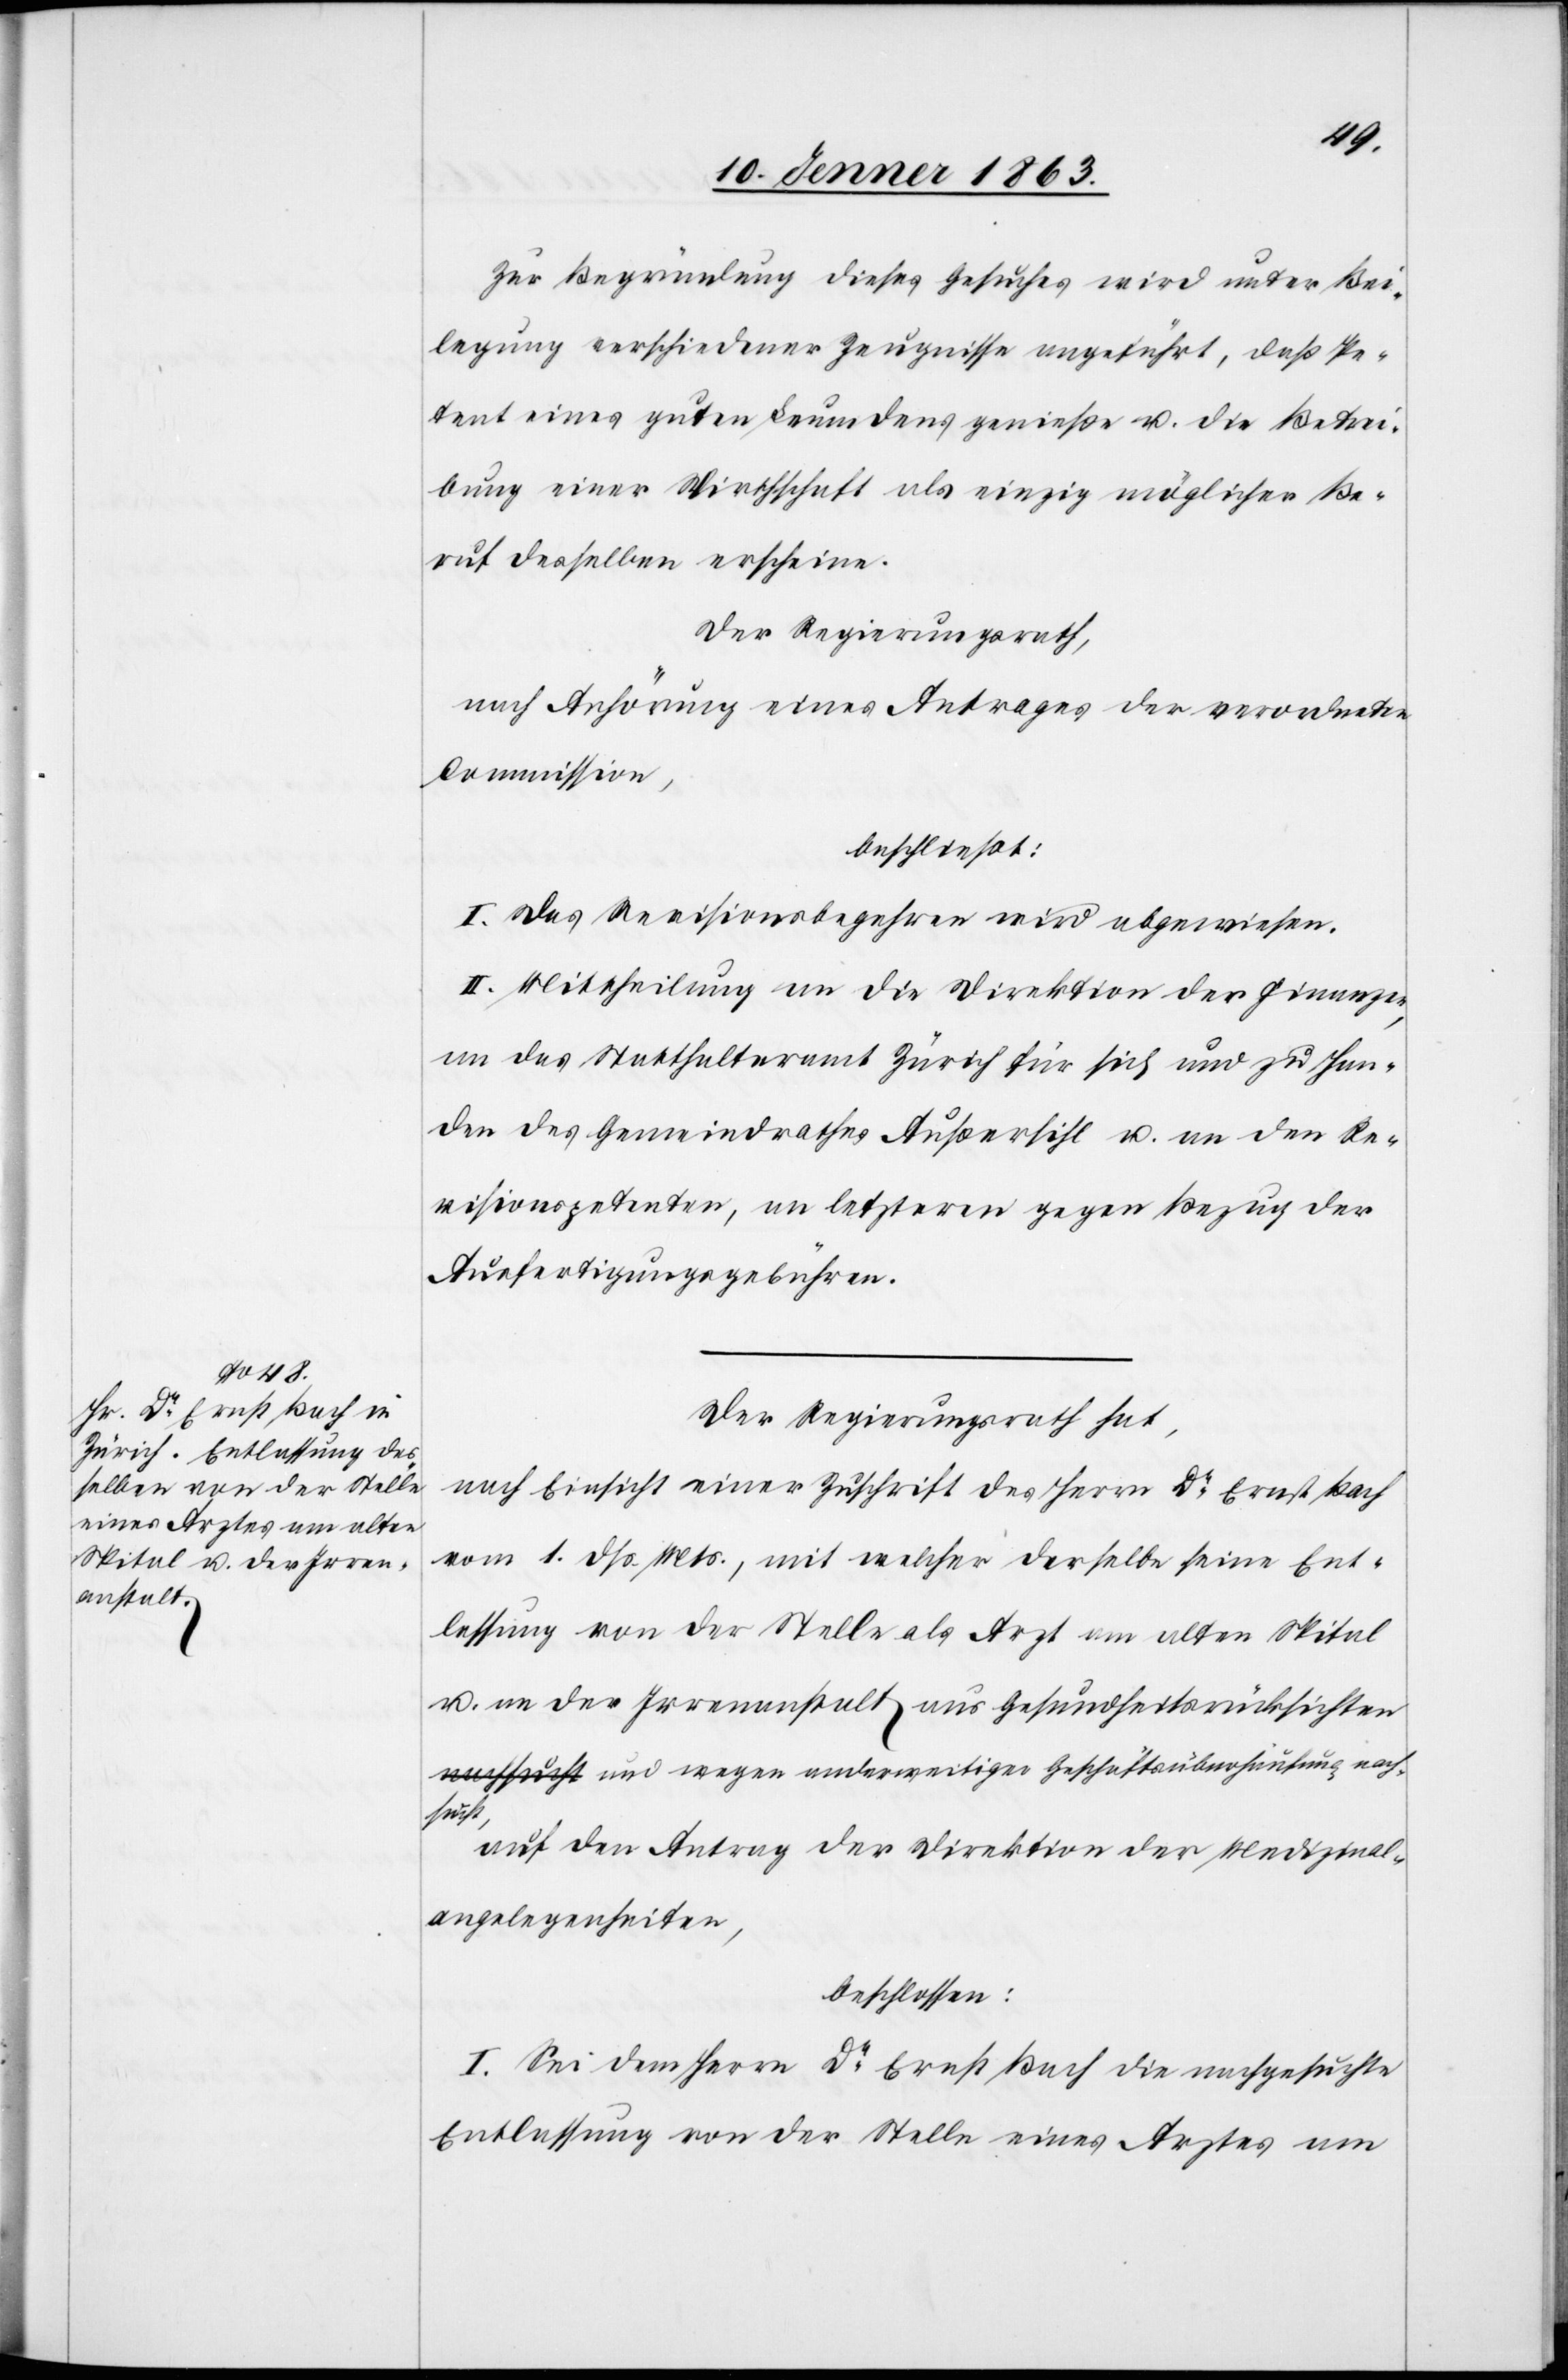
Zur Begründung dieses Gesuches wird unter Bei¬
legung verschiedener Zeugnisse angeführt, daß Pe¬
tent eines guten Leumdens genieße u. die Betrei¬
bung einer Wirthschaft als einzig möglicher Be¬
ruf desselben erscheine.
Der Regierungsrath,
nach Anhörung eines Antrages der verordneten
Commission,
beschließt:
I. Das Revisionsbegehren wird abgewiesen.
II. Mittheilung an die Direktion der Finanzen,
an das Statthalteramt Zürich für sich und zu Han¬
den des Gemeindrathes Außersihl u. an den Re¬
visionspetenten, an letzteren gegen Bezug der
Ausfertigungsgebühren.
Der Regierungsrath hat,
nach Einsicht einer Zuschrift des Herrn Dr Ernst Bach
vom 1. dß. Mts., mit welcher derselbe seine Ent¬
lassung von der Stelle als Arzt am alten Spital
u. an der Irrenanstalt aus Gesundheitsrücksichte¬
n und wegen anderweitiger Geschäftsüberhaufung nach¬
sucht,
auf den Antrag der Direktion der Medizinal¬
angelegenheiten,
beschlossen:
I. Sei dem Herrn Dr Ernst Bach die nachgesuchte
Entlassung von der Stelle eines Arztes am